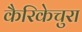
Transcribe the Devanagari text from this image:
कैरिकेचुरा